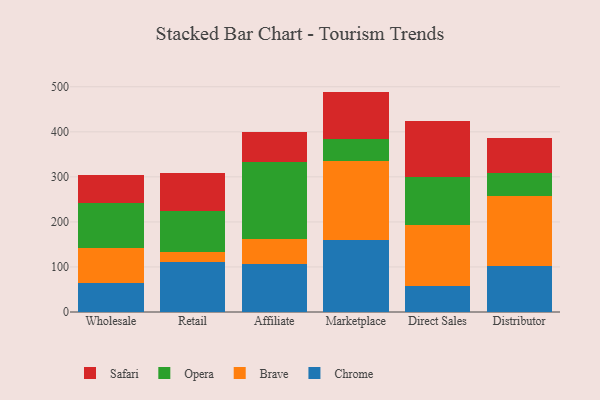
{"axis": {"x": "Channel", "y": "Latency (ms)"}, "legend": ["Brave", "Chrome", "Opera", "Safari"], "data": [{"x": "Wholesale", "y": 65.5, "type": "Chrome"}, {"x": "Wholesale", "y": 75.5, "type": "Brave"}, {"x": "Wholesale", "y": 100.4, "type": "Opera"}, {"x": "Wholesale", "y": 62.9, "type": "Safari"}, {"x": "Retail", "y": 110.5, "type": "Chrome"}, {"x": "Retail", "y": 23.8, "type": "Brave"}, {"x": "Retail", "y": 89.8, "type": "Opera"}, {"x": "Retail", "y": 84.9, "type": "Safari"}, {"x": "Affiliate", "y": 105.6, "type": "Chrome"}, {"x": "Affiliate", "y": 57.2, "type": "Brave"}, {"x": "Affiliate", "y": 170.4, "type": "Opera"}, {"x": "Affiliate", "y": 66.2, "type": "Safari"}, {"x": "Marketplace", "y": 159.0, "type": "Chrome"}, {"x": "Marketplace", "y": 175.3, "type": "Brave"}, {"x": "Marketplace", "y": 50.3, "type": "Opera"}, {"x": "Marketplace", "y": 104.7, "type": "Safari"}, {"x": "Direct Sales", "y": 58.6, "type": "Chrome"}, {"x": "Direct Sales", "y": 134.2, "type": "Brave"}, {"x": "Direct Sales", "y": 106.3, "type": "Opera"}, {"x": "Direct Sales", "y": 124.6, "type": "Safari"}, {"x": "Distributor", "y": 102.2, "type": "Chrome"}, {"x": "Distributor", "y": 155.1, "type": "Brave"}, {"x": "Distributor", "y": 51.1, "type": "Opera"}, {"x": "Distributor", "y": 78.6, "type": "Safari"}]}